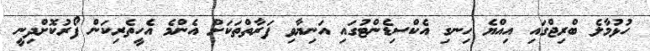
ހުޅުމާލެ ބްރިޖްގައި އިއްޔެ ހިނގި އެކްސިޑެންޓުގައި އަނިޔާވި ފަރާތްތަކަށް އެންމެ އެހީތެރިކަން ފޯރުކޮށްދިނީ